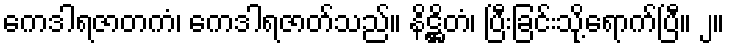
ကေဒါရဇာတကံ၊ ကေဒါရဇာတ်သည်။ နိဋ္ဌိတံ၊ ပြီးခြင်းသို့ရောက်ပြီ။ ၂။